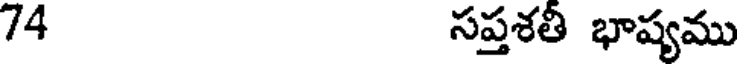
74 సప్తశతీ భాష్యము